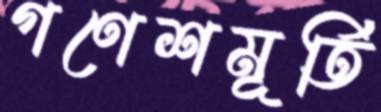
গণেশমূর্তি